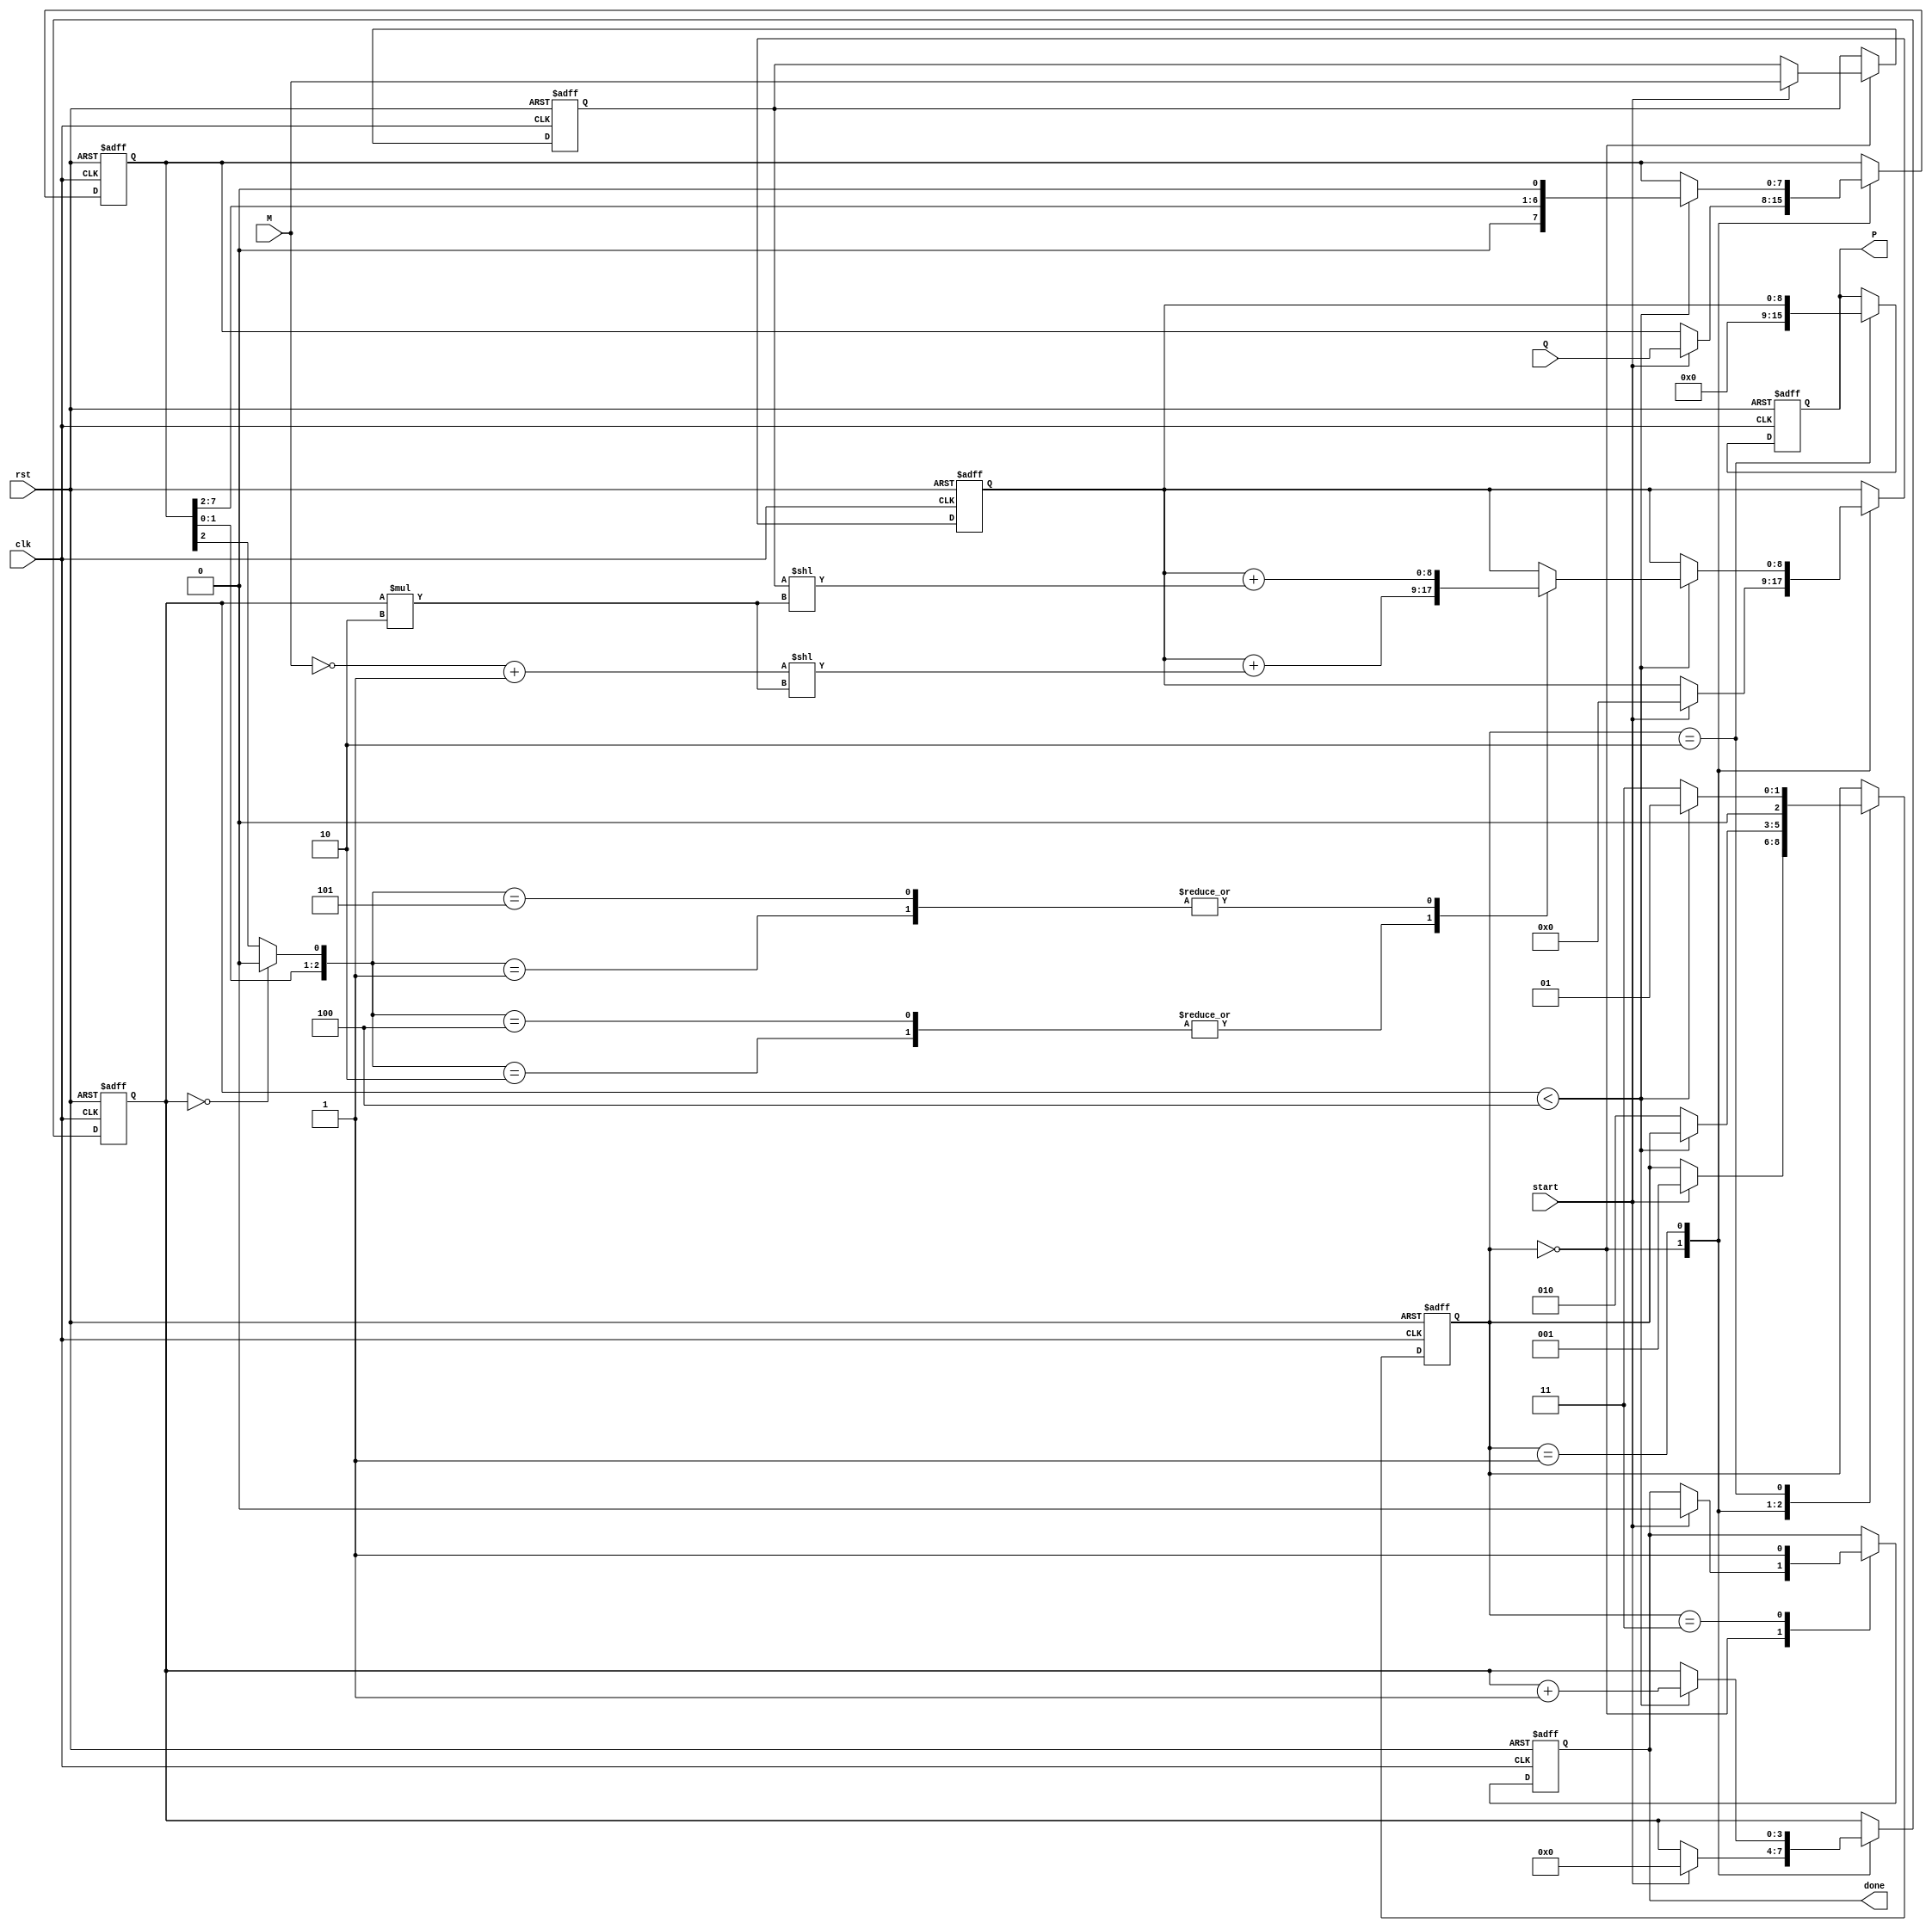
module radix4_multiplier #(parameter N = 8) (
    input wire [N-1:0] M,      // Multiplicand
    input wire [N-1:0] Q,      // Multiplier
    input wire start,           // Start signal
    input wire clk,             // Clock signal
    input wire rst,             // Reset signal
    output reg [2*N-1:0] P,     // Product
    output reg done             // Done signal
);

    reg [N-1:0] Q_reg;          // Register for multiplier
    reg [N-1:0] M_reg;          // Register for multiplicand
    reg [N:0] A;                // Accumulated value
    reg [2:0] state;            // State for FSM
    reg [3:0] count;            // Count of cycles
    reg [N-1:0] neg_M;          // Negative of multiplicand

    // State encoding
    localparam IDLE = 3'b000,
               PROCESS = 3'b001,
               SHIFT = 3'b010,
               DONE = 3'b011;

    // Generate negative multiplicand
    always @* begin
        neg_M = ~M + 1;
    end

    // FSM for controlling the multiplication process
    always @(posedge clk or posedge rst) begin
        if (rst) begin
            P <= 0;
            Q_reg <= 0;
            M_reg <= 0;
            A <= 0;
            state <= IDLE;
            count <= 0;
            done <= 0;
        end else begin
            case (state)
                IDLE: begin
                    if (start) begin
                        // Load inputs and initialize
                        M_reg <= M;
                        Q_reg <= Q;
                        A <= 0;
                        count <= 0;
                        state <= PROCESS;
                        done <= 0;
                    end
                end

                PROCESS: begin
                    if (count < (N + 1) / 2) begin
                        // Booth's algorithm: Process Q and Q-1
                        case ({Q_reg[1:0], (count == 0 ? 1'b0 : Q_reg[2])}) // QiQi-1Qi-1
                            3'b000: begin
                                // No action
                            end
                            3'b001: begin
                                // Generate +M
                                A <= A + (M_reg << (count * 2));
                            end
                            3'b010: begin
                                // Generate -M
                                A <= A + (neg_M << (count * 2));
                            end
                            3'b011: begin
                                // No action
                            end
                            3'b100: begin
                                // Generate -M
                                A <= A + (neg_M << (count * 2));
                            end
                            3'b101: begin
                                // Generate +M
                                A <= A + (M_reg << (count * 2));
                            end
                            3'b110: begin
                                // No action
                            end
                            3'b111: begin
                                // No action
                            end
                        endcase

                        // Prepare for the next iteration
                        Q_reg <= {Q_reg[N-1:2], 1'b0}; // Shift Q left by 2
                        count <= count + 1;
                    end else begin
                        // Transition to SHIFT state
                        state <= SHIFT;
                    end
                end

                SHIFT: begin
                    // Shift the accumulated value left by 2
                    P <= A;
                    // Check for done
                    if (count < (N + 1) / 2) begin
                        state <= PROCESS;
                    end else begin
                        state <= DONE;
                    end
                end

                DONE: begin
                    // Signal completion
                    done <= 1;
                end
            endcase
        end
    end
endmodule